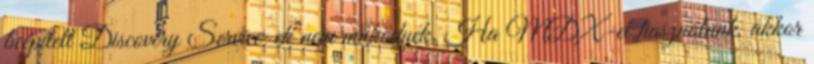
beépített Discovery Service-ek nem működnek. Ha MDX-et használunk, akkor